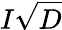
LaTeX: I\sqrt{D}